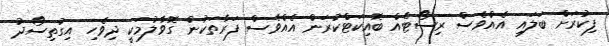
ފިކުރަށް ބަލައި އެއްވެސް ރިސޯޓެއް ބޮއިކަޓްކުރަން އެއްވެސް ފަރާތަކުން ގޮވާލުމަކީ ދިވެހި އިގުތިސޯދު